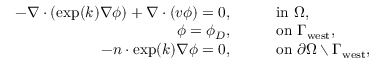
\begin{array} { r l } { - \nabla \cdot ( \exp ( k ) \nabla \phi ) + \nabla \cdot ( v \phi ) = 0 , } & { \qquad \mathrm { i n } \ \Omega , } \\ { \phi = \phi _ { D } , } & { \qquad \mathrm { o n } \ \Gamma _ { \mathrm { w e s t } } , } \\ { - n \cdot \exp ( k ) \nabla \phi = 0 , } & { \qquad \mathrm { o n } \ \partial \Omega \setminus \Gamma _ { \mathrm { w e s t } } , } \end{array}